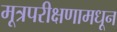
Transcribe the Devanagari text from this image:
मूत्रपरीक्षणामधून